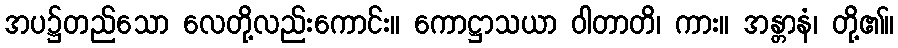
အပ၌တည်သော လေတို့လည်းကောင်း။ ကောဋ္ဌာသယာ ဝါတာတိ၊ ကား။ အန္တာနံ၊ တို့၏။